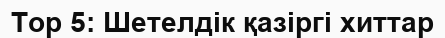
Top 5: Шетелдік қазіргі хиттар